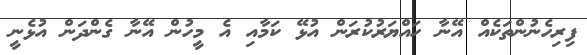
ފިރިހެނުންތަކެއް އޭނާ ހައްޔަރުކުރަން އުޅޭ ކަމާއި އެ މީހުން އޭނާ ގެންދަން އުޅެނީ